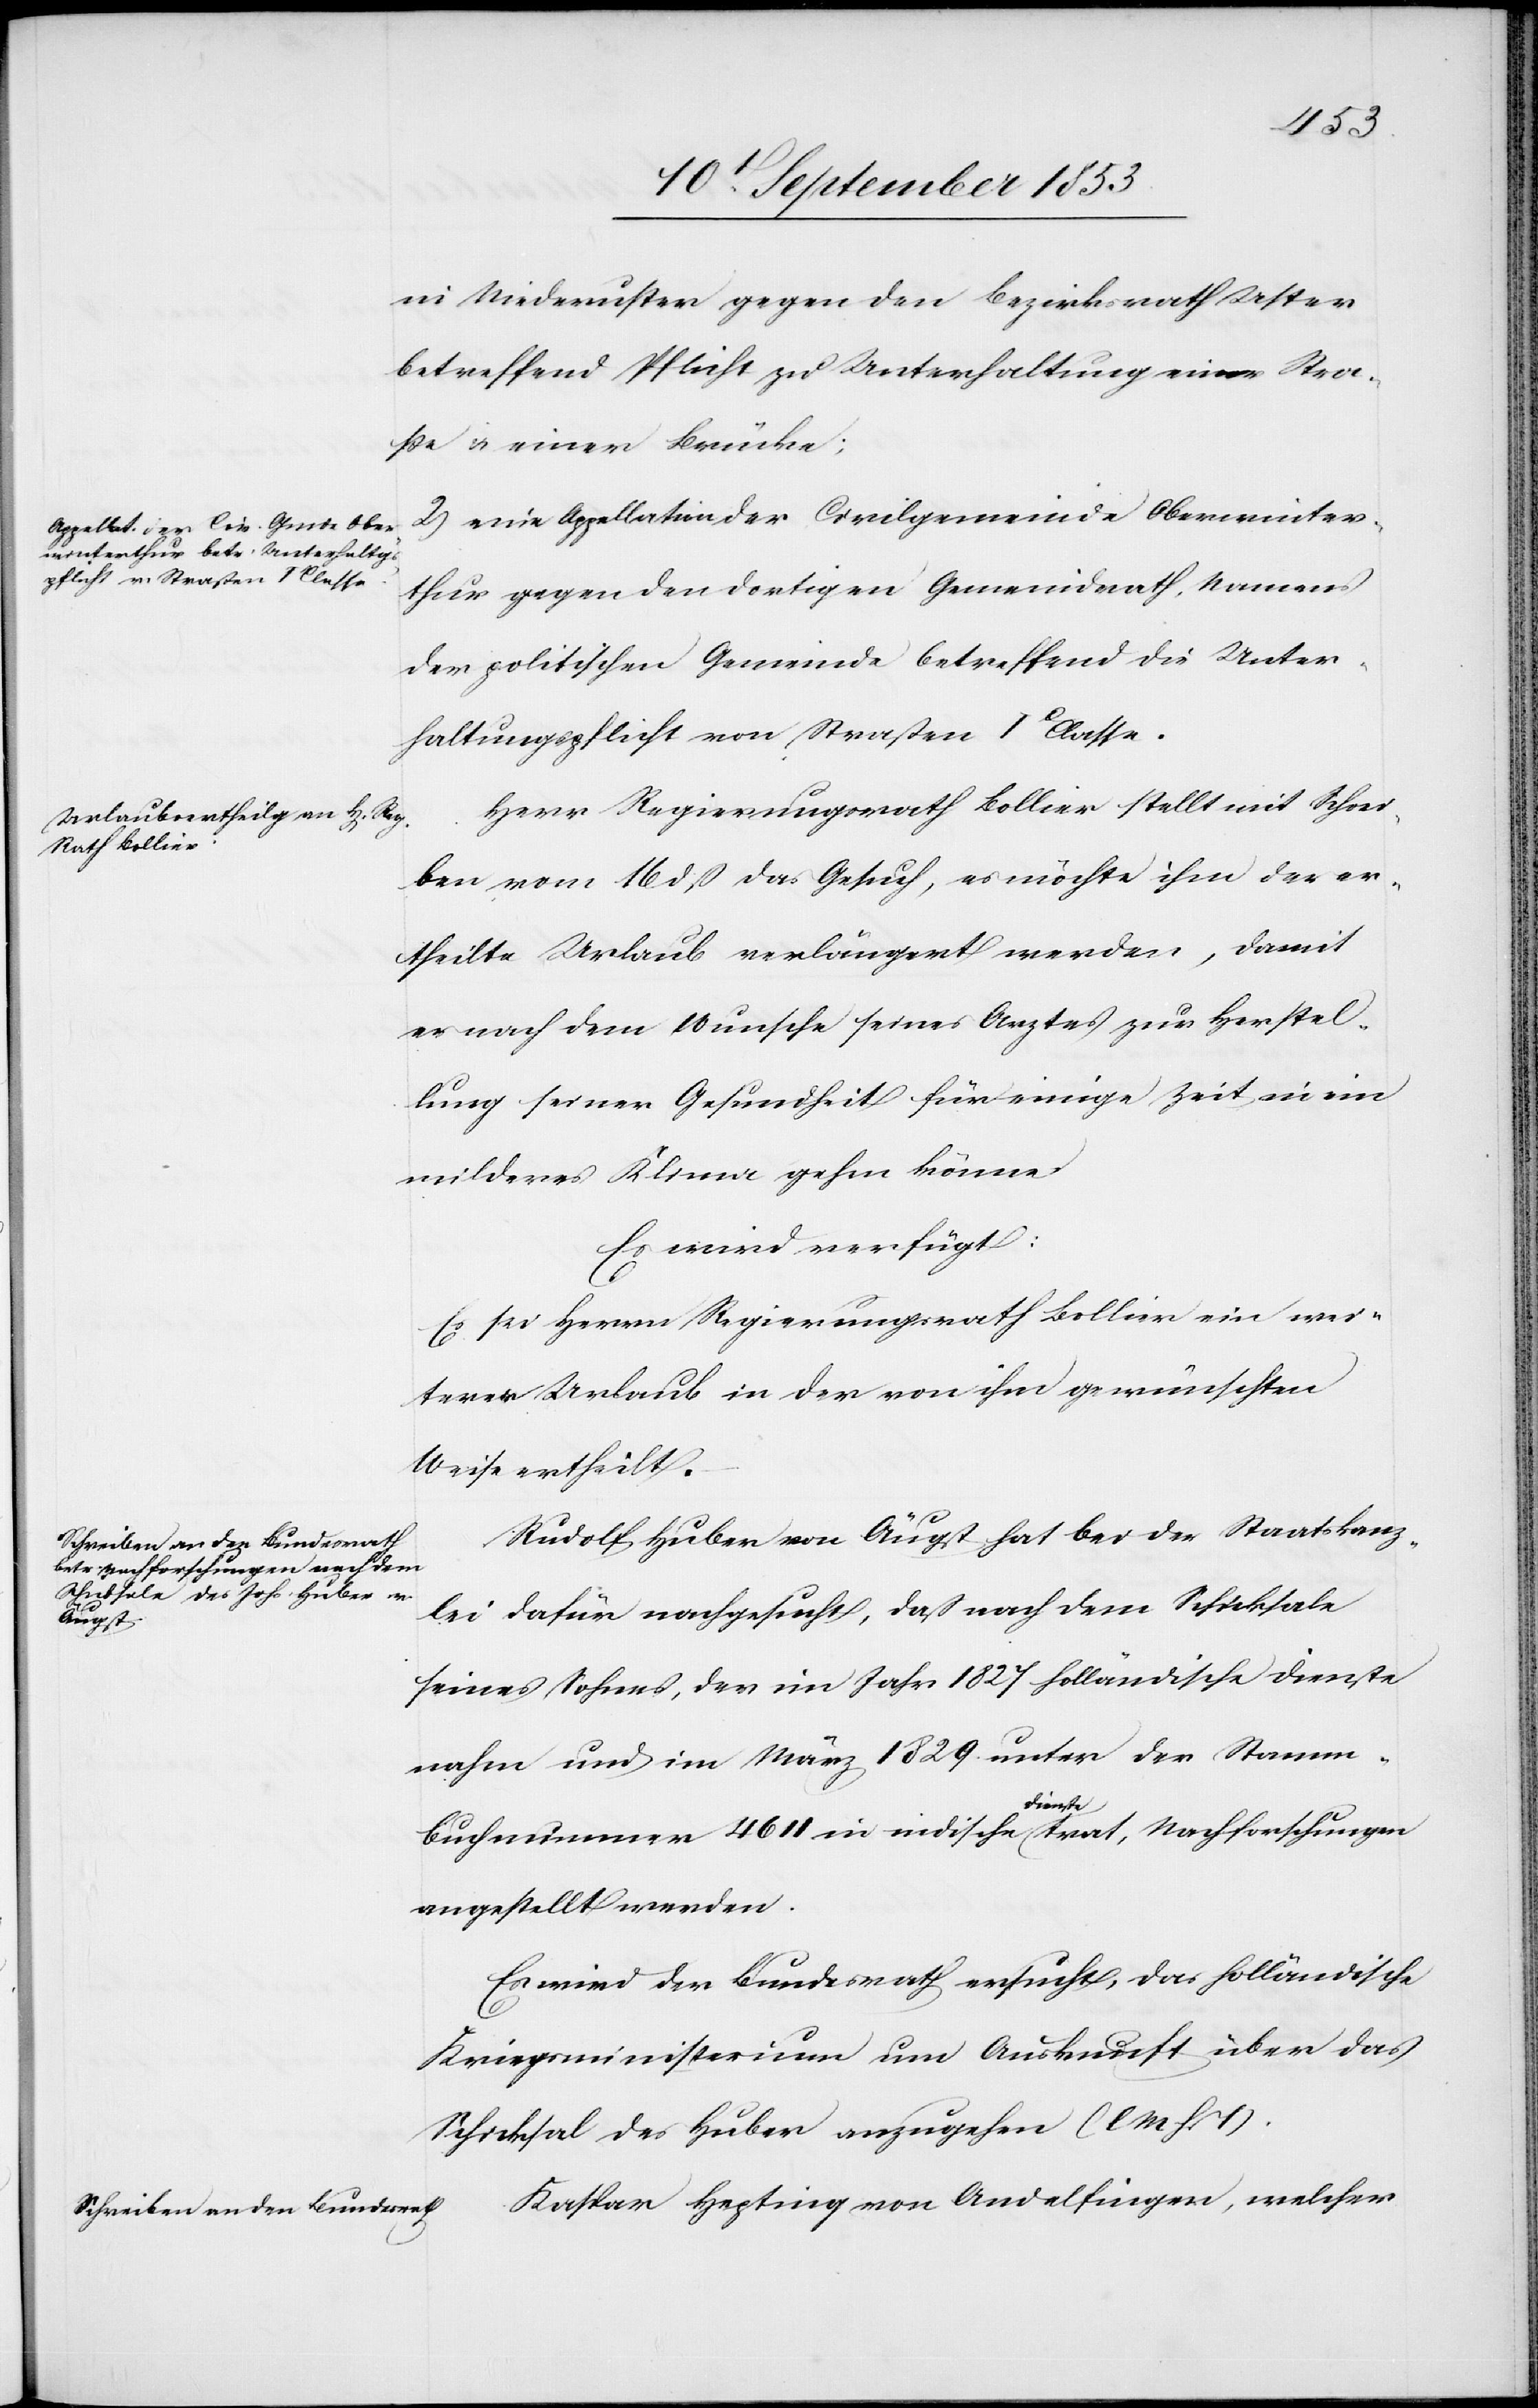
17t September 1853]
in Niederuster gegen den Bezirksrath Uster
betreffend Pflicht zu Unterhaltung einer Stra¬
ße u. einer Brücke;
2, eine Appellation der Civilgemeinde Oberwinter¬
thur gegen den dortigen Gemeindrath, Namens
der politschen Gemeinde betreffend die Unter¬
haltungspflicht von Straßen Ir Classe.
Herr Regierungsrath Bollier stellt mit Schrei¬
ben vom 16 dß das Gesuch, es möchte ihm der er¬
theilte Urlaub verlängert werden, damit
er nach dem Wunsche seines Arztes zur Herstel¬
lung seiner Gesundheit für einige Zeit in ein
milderes Klima gehen könne.
Es wird verfügt:
Es sei Herrn Regierungsrath Bollier ein wei¬
terer Urlaub in der von ihm gewünschten
Weise ertheilt.
Rudolf Huber von Äugst hat bei der Staatskanz¬
lei dafür nachgesucht, daß nach dem Schicksale
Actum den
seines Sohnes, der im Jahr 1827 holländische Dienste
nahm und im März 1829 unter der Stamm¬
buchnummer 4611 in indische Dienste trat, Nachforschungen
angestellt werden.
Es wird der Bundesrath ersucht, das holländische
Kriegsministerium um Auskunft über das
Schicksal des Huber anzugehen [l. M. h. T]
Kaspar Hepting von Andelfingen, welcher